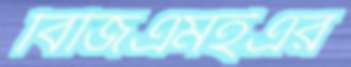
বিজিএমইএর